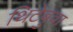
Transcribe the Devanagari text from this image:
थिटेबुवा